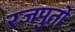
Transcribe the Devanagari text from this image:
रजपुतो